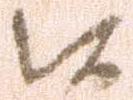
以